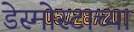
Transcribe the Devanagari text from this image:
डेस्मोस्टाच्या